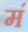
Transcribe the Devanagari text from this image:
म॔